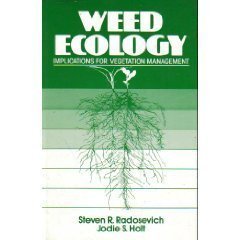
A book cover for Weed Ecology: Implications for Vegetation Management; Steven R. Radosevich; Crafts, Hobbies & Home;